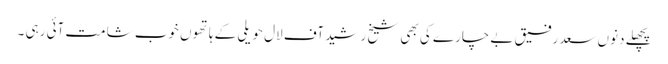
پچھلے دنوں سعد رفیق بے چارے کی بھی شیخ رشید آف لال حویلی کے ہاتھوں خوب شامت آئی رہی ۔